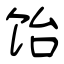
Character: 饴